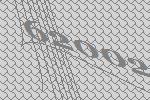
62002